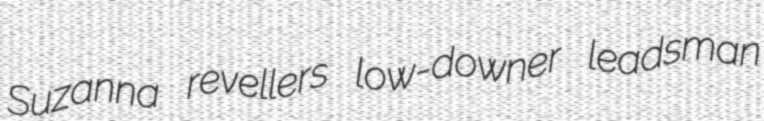
Suzanna revellers low-downer leadsman